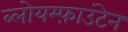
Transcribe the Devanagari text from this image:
ब्लोयम्फ़ाउंटेन